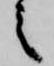
之